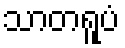
သာတရူပံ